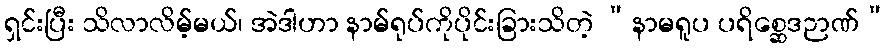
ရှင်းပြီး သိလာလိမ့်မယ်၊ အဲဒါဟာ နာမ်ရုပ်ကိုပိုင်းခြားသိတဲ့ “နာမရူပ ပရိစ္ဆေဒဉာဏ်”